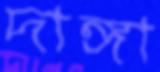
দাঙ্গা